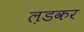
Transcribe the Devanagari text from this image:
ल़डकर